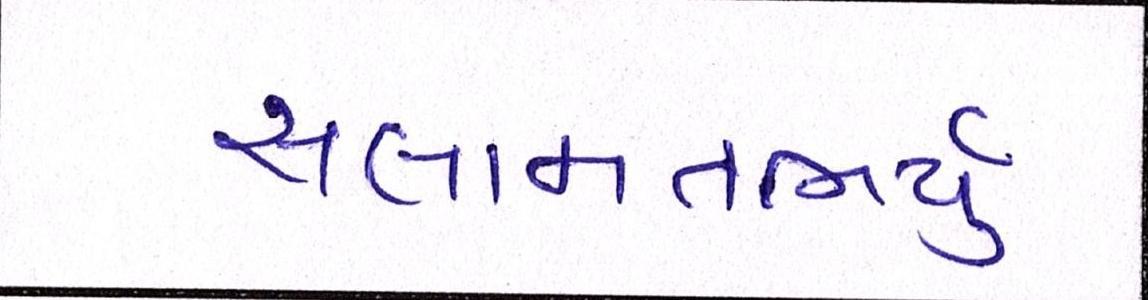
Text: સલામતભર્યું